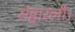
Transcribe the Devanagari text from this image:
संहारली।